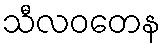
သီလဝတေန